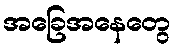
အခြေအနေတွေ